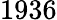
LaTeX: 1936